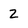
Character: 2